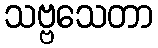
သဗ္ဗသေတာ